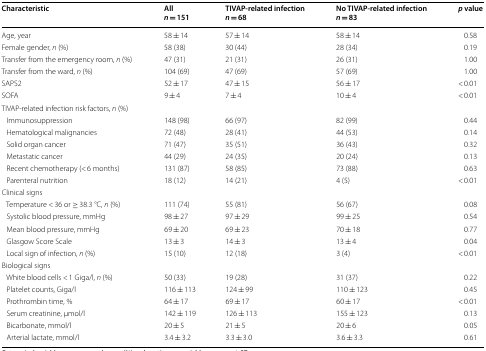
<table><thead><tr><td><b>Characteristic</b></td><td><b>All<i>n</i> = 151</b></td><td><b>TIVAP-related infection<i>n</i> = 68</b></td><td><b>No TIVAP-related infection<i>n</i> = 83</b></td><td><b><i>p</i> value</b></td></tr></thead><tbody><tr><td>Age, year</td><td>58 ± 14</td><td>57 ± 14</td><td>58 ± 14</td><td>0.58</td></tr><tr><td>Female gender, <i>n</i> (%)</td><td>58 (38)</td><td>30 (44)</td><td>28 (34)</td><td>0.19</td></tr><tr><td>Transfer from the emergency room, <i>n</i> (%)</td><td>47 (31)</td><td>21 (31)</td><td>26 (31)</td><td>1.00</td></tr><tr><td>Transfer from the ward, <i>n</i> (%)</td><td>104 (69)</td><td>47 (69)</td><td>57 (69)</td><td>1.00</td></tr><tr><td>SAPS2</td><td>52 ± 17</td><td>47 ± 15</td><td>56 ± 17</td><td>&lt; 0.01</td></tr><tr><td>SOFA</td><td>9 ± 4</td><td>7 ± 4</td><td>10 ± 4</td><td>&lt; 0.01</td></tr><tr><td colspan="5">TIVAP-related infection risk factors, <i>n</i> (%)</td></tr><tr><td> Immunosuppression</td><td>148 (98)</td><td>66 (97)</td><td>82 (99)</td><td>0.44</td></tr><tr><td> Hematological malignancies</td><td>72 (48)</td><td>28 (41)</td><td>44 (53)</td><td>0.14</td></tr><tr><td> Solid organ cancer</td><td>71 (47)</td><td>35 (51)</td><td>36 (43)</td><td>0.32</td></tr><tr><td> Metastatic cancer</td><td>44 (29)</td><td>24 (35)</td><td>20 (24)</td><td>0.13</td></tr><tr><td> Recent chemotherapy (&lt; 6 months)</td><td>131 (87)</td><td>58 (85)</td><td>73 (88)</td><td>0.63</td></tr><tr><td> Parenteral nutrition</td><td>18 (12)</td><td>14 (21)</td><td>4 (5)</td><td>&lt; 0.01</td></tr><tr><td colspan="5">Clinical signs</td></tr><tr><td> Temperature &lt; 36 or ≥ 38.3 °C, <i>n</i> (%)</td><td>111 (74)</td><td>55 (81)</td><td>56 (67)</td><td>0.08</td></tr><tr><td> Systolic blood pressure, mmHg</td><td>98 ± 27</td><td>97 ± 29</td><td>99 ± 25</td><td>0.54</td></tr><tr><td> Mean blood pressure, mmHg</td><td>69 ± 20</td><td>69 ± 23</td><td>70 ± 18</td><td>0.77</td></tr><tr><td> Glasgow Score Scale</td><td>13 ± 3</td><td>14 ± 3</td><td>13 ± 4</td><td>0.04</td></tr><tr><td> Local sign of infection, <i>n</i> (%)</td><td>15 (10)</td><td>12 (18)</td><td>3 (4)</td><td>&lt; 0.01</td></tr><tr><td colspan="5">Biological signs</td></tr><tr><td> White blood cells &lt; 1 Giga/l, <i>n</i> (%)</td><td>50 (33)</td><td>19 (28)</td><td>31 (37)</td><td>0.22</td></tr><tr><td> Platelet counts, Giga/l</td><td>116 ± 113</td><td>124 ± 99</td><td>110 ± 123</td><td>0.45</td></tr><tr><td> Prothrombin time, %</td><td>64 ± 17</td><td>69 ± 17</td><td>60 ± 17</td><td>&lt; 0.01</td></tr><tr><td> Serum creatinine, μmol/l</td><td>142 ± 119</td><td>126 ± 113</td><td>155 ± 123</td><td>0.13</td></tr><tr><td> Bicarbonate, mmol/l</td><td>20 ± 5</td><td>21 ± 5</td><td>20 ± 6</td><td>0.05</td></tr><tr><td> Arterial lactate, mmol/l</td><td>3.4 ± 3.2</td><td>3.3 ± 3.0</td><td>3.6 ± 3.3</td><td>0.61</td></tr></tbody></table>